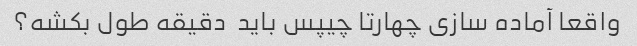
واقعا آماده سازی چهارتا چیپس باید  دقیقه طول بکشه؟